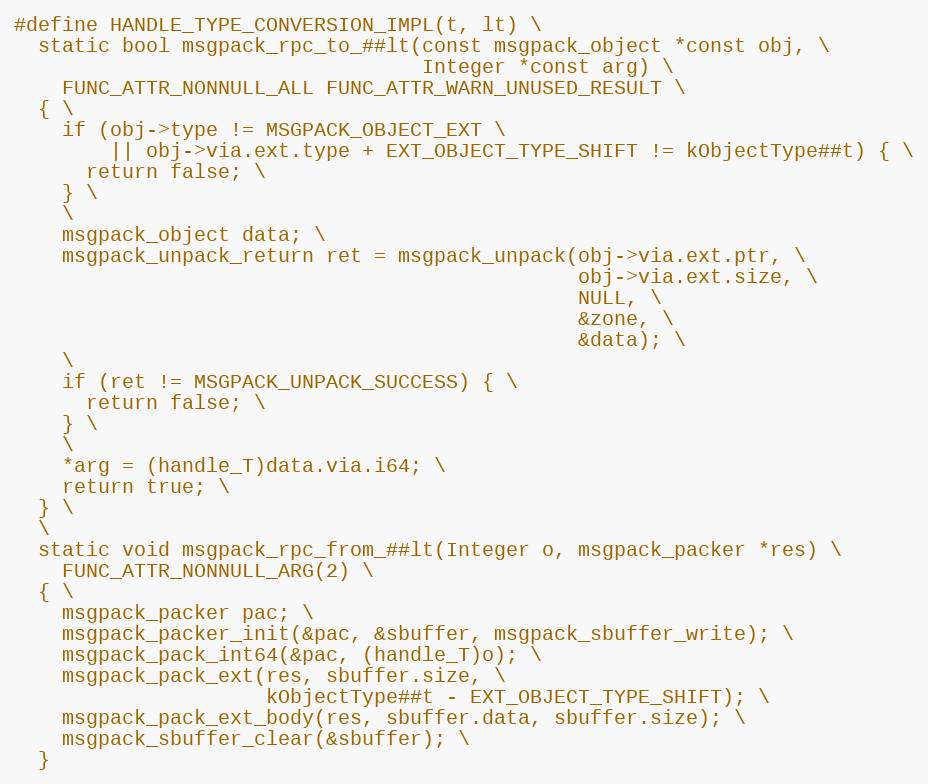
Language: C
#define HANDLE_TYPE_CONVERSION_IMPL(t, lt) \
  static bool msgpack_rpc_to_##lt(const msgpack_object *const obj, \
                                  Integer *const arg) \
    FUNC_ATTR_NONNULL_ALL FUNC_ATTR_WARN_UNUSED_RESULT \
  { \
    if (obj->type != MSGPACK_OBJECT_EXT \
        || obj->via.ext.type + EXT_OBJECT_TYPE_SHIFT != kObjectType##t) { \
      return false; \
    } \
    \
    msgpack_object data; \
    msgpack_unpack_return ret = msgpack_unpack(obj->via.ext.ptr, \
                                               obj->via.ext.size, \
                                               NULL, \
                                               &zone, \
                                               &data); \
    \
    if (ret != MSGPACK_UNPACK_SUCCESS) { \
      return false; \
    } \
    \
    *arg = (handle_T)data.via.i64; \
    return true; \
  } \
  \
  static void msgpack_rpc_from_##lt(Integer o, msgpack_packer *res) \
    FUNC_ATTR_NONNULL_ARG(2) \
  { \
    msgpack_packer pac; \
    msgpack_packer_init(&pac, &sbuffer, msgpack_sbuffer_write); \
    msgpack_pack_int64(&pac, (handle_T)o); \
    msgpack_pack_ext(res, sbuffer.size, \
                     kObjectType##t - EXT_OBJECT_TYPE_SHIFT); \
    msgpack_pack_ext_body(res, sbuffer.data, sbuffer.size); \
    msgpack_sbuffer_clear(&sbuffer); \
  }